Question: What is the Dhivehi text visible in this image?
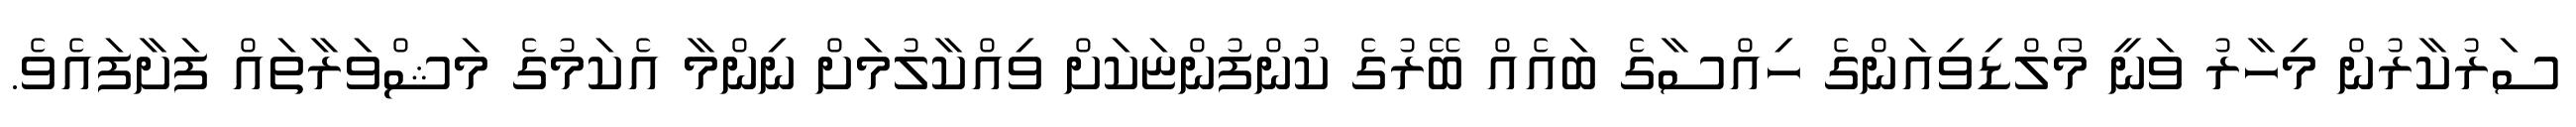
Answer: ސަރުކާރުން މިހާރު ވަނީ މޯލްޑިވިއަންގެ ހިއްސާގެ ބައެއް ބޭރުގެ ކުންފުންޏަކަށް ވިއްކާލުމަށް ނިންމާ އެކަމުގެ މަޝްވަރާތައް ފަށާފައެވެ.